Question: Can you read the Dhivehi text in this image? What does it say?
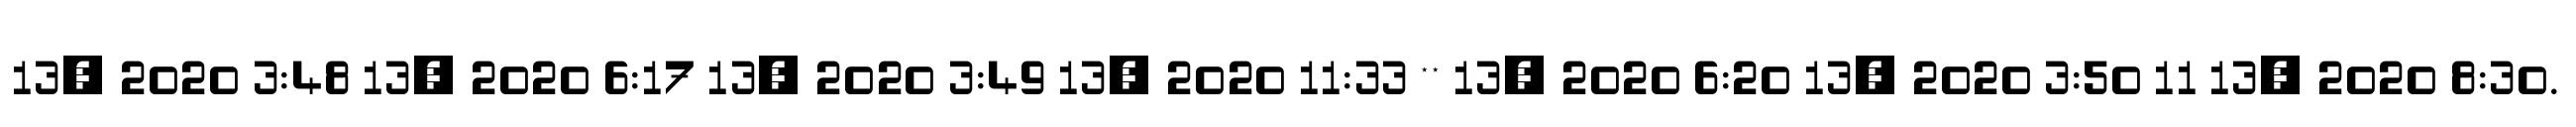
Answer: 13, 2020 3:48 13, 2020 6:17 13, 2020 3:49 13, 2020 11:33 ** 13, 2020 6:20 13, 2020 3:50 11 13, 2020 8:30.